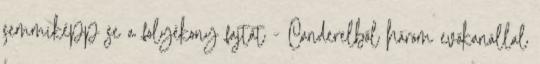
semmiképp se a folyékony fajtát - Canderelből három evőkanállal